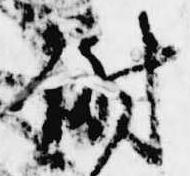
謝